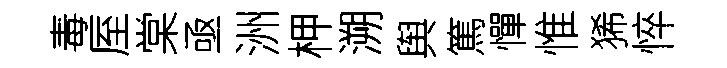
毒厔棠亟洲柙溯舆篤憚惟狶悴